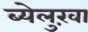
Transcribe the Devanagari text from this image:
ब्येलुख़ा